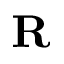
\mathbf { R }